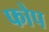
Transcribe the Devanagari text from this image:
फोप